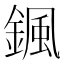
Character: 𩗩